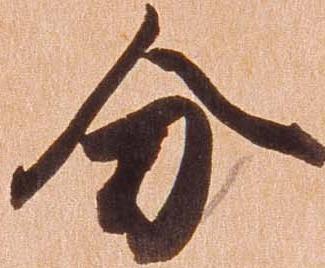
分